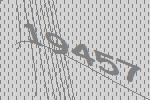
19457